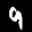
Label: 9